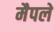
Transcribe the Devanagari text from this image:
मैपले